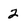
Character: 2